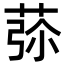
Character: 𦱨